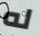
له